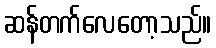
ဆန်တက်လေတော့သည်။